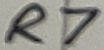
Text: R7